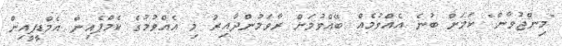
"މިންޖުވާން" ކަމަށް ބުނެ އެއްވުމެއް ބޭއްވުމަށް ރާވަމުންދާއިރު މި އެއްވުމުގެ ކެމްޕެއިން އެމްޑީޕީއިން